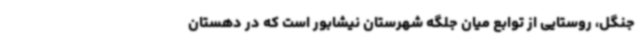
جنگل، روستایی از توابع میان جلگه شهرستان نیشابور است که در دهستان